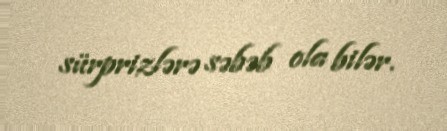
sürprizlərə səbəb ola bilər.